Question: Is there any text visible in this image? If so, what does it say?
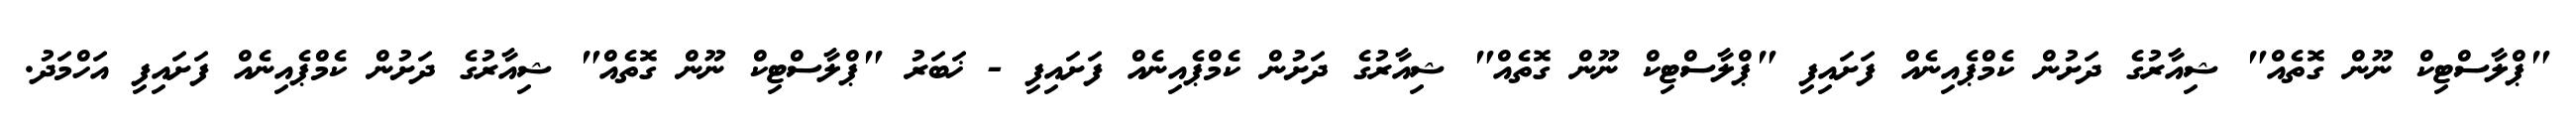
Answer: "ޕްލާސްޓިކް ނޫން ގޮތެއް" ޝިއާރުގެ ދަށުން ކެމްޕެއިނެއް ފަށައިފި "ޕްލާސްޓިކް ނޫން ގޮތެއް" ޝިއާރުގެ ދަށުން ކެމްޕެއިނެއް ފަށައިފި - ޚަބަރު "ޕްލާސްޓިކް ނޫން ގޮތެއް" ޝިއާރުގެ ދަށުން ކެމްޕެއިނެއް ފަށައިފި އަހްމަދު.